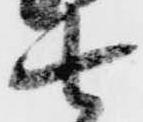
七